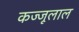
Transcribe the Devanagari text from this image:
कज्‍जूलाल